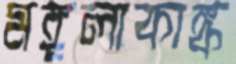
মঙ্গলাকাঙ্ক